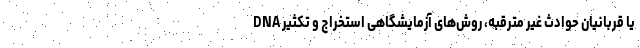
یا قربانیان حوادث غیر مترقبه، روش‌های آزمایشگاهی استخراج و تکثیر DNA